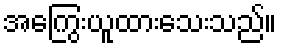
အကြွေးယူထားသေးသည်။